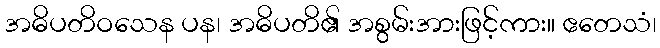
အဓိပတိဝသေန ပန၊ အဓိပတိ၏ အစွမ်းအားဖြင့်ကား။ ဧတေသံ၊